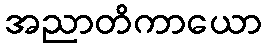
အညာတိကာယော